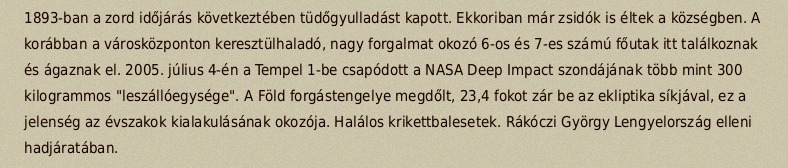
1893-ban a zord időjárás következtében tüdőgyulladást kapott. Ekkoriban már zsidók is éltek a községben. A korábban a városközponton keresztülhaladó, nagy forgalmat okozó 6-os és 7-es számú főutak itt találkoznak és ágaznak el. 2005. július 4-én a Tempel 1-be csapódott a NASA Deep Impact szondájának több mint 300 kilogrammos "leszállóegysége". A Föld forgástengelye megdőlt, 23,4 fokot zár be az ekliptika síkjával, ez a jelenség az évszakok kialakulásának okozója. Halálos krikettbalesetek. Rákóczi György Lengyelország elleni hadjáratában.